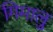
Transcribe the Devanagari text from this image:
गिमालु